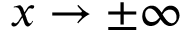
x \rightarrow \pm \infty